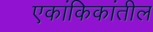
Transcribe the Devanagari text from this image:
एकांकिकांतील